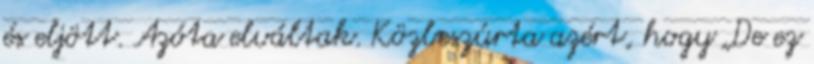
és eljött. Azóta elváltak. Közbeszúrta azért, hogy „De ez